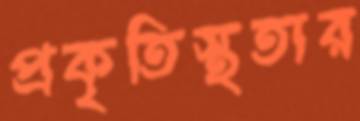
প্রকৃতিস্থতার